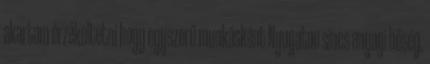
akartam érzékeltetni hogy egyszerű munkásként Nyugaton sincs anyagi bőség.